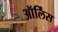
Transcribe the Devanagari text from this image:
ऑर्लिंस